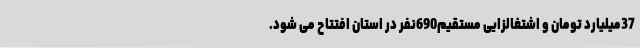
37میلیارد تومان و اشتغالزایی مستقیم690نفر در استان افتتاح می شود.